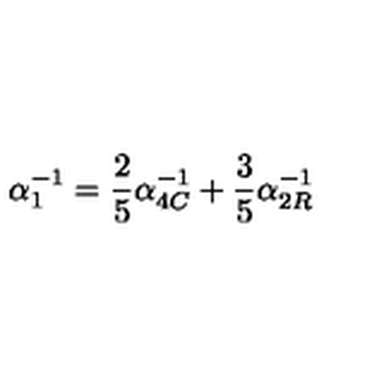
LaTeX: \alpha _ { 1 } ^ { - 1 } = \frac { 2 } { 5 } \alpha _ { 4 C } ^ { - 1 } + \frac { 3 } { 5 } \alpha _ { 2 R } ^ { - 1 }